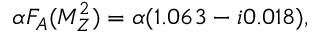
\alpha F _ { A } ( M _ { Z } ^ { 2 } ) = \alpha ( 1 . 0 6 3 - i 0 . 0 1 8 ) ,